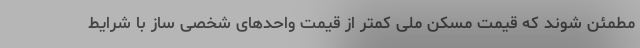
مطمئن شوند که قیمت مسکن ملی کمتر از قیمت واحدهای شخصی ساز با شرایط